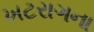
ખટરાગના